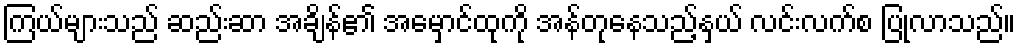
ကြယ်များသည် ဆည်းဆာ အချိန်၏ အမှောင်ထုကို အန်တုနေသည့်နှယ် လင်းလက်စ ပြုလာသည်။